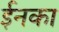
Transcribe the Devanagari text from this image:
ईनका